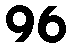
96